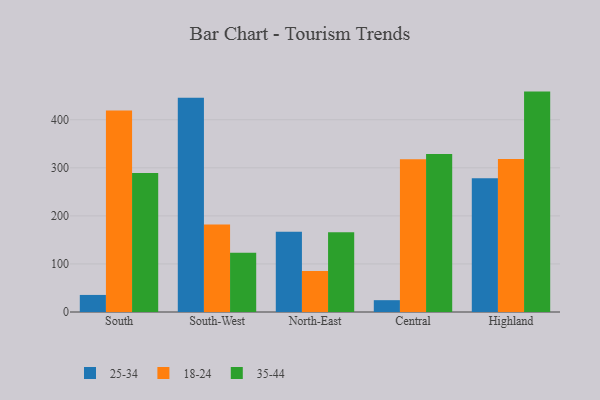
{"axis": {"x": "Region", "y": "Headcount"}, "legend": ["18-24", "25-34", "35-44"], "data": [{"x": "South", "y": 35.5, "type": "25-34"}, {"x": "South", "y": 419.5, "type": "18-24"}, {"x": "South", "y": 289.1, "type": "35-44"}, {"x": "South-West", "y": 446.0, "type": "25-34"}, {"x": "South-West", "y": 182.0, "type": "18-24"}, {"x": "South-West", "y": 123.1, "type": "35-44"}, {"x": "North-East", "y": 167.2, "type": "25-34"}, {"x": "North-East", "y": 85.3, "type": "18-24"}, {"x": "North-East", "y": 165.8, "type": "35-44"}, {"x": "Central", "y": 24.6, "type": "25-34"}, {"x": "Central", "y": 317.7, "type": "18-24"}, {"x": "Central", "y": 328.7, "type": "35-44"}, {"x": "Highland", "y": 278.2, "type": "25-34"}, {"x": "Highland", "y": 318.5, "type": "18-24"}, {"x": "Highland", "y": 458.6, "type": "35-44"}]}